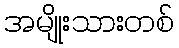
အမျိုးသားတစ်